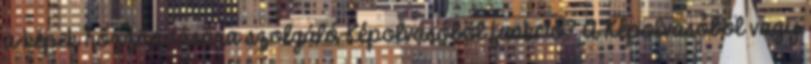
a képek hozzáadására szolgáló Képolvasóból funkció? A Képolvasóból vagy